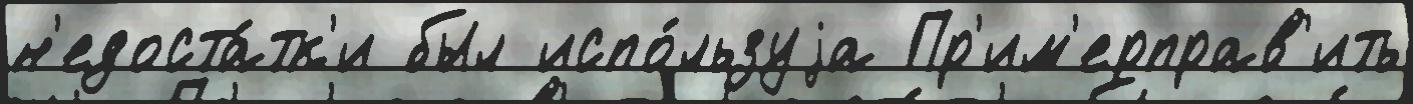
н'едоста́тк'и был испо́льзуjа Пр'им'ерправ'ить